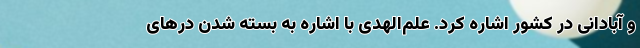
و آبادانی در کشور اشاره کرد. علم‌الهدی با اشاره به بسته شدن درهای